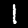
Label: 1